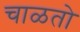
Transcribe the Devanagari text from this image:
चाळतो